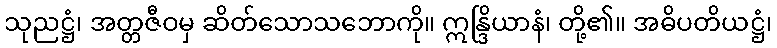
သုညဋ္ဌံ၊ အတ္တဇီဝမှ ဆိတ်သောသဘောကို။ ဣန္ဒြိယာနံ၊ တို့၏။ အဓိပတိယဋ္ဌံ၊